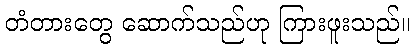
တံတားတွေ ဆောက်သည်ဟု ကြားဖူးသည်။